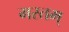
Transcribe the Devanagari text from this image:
मस्तम्